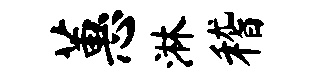
蕙淋稽